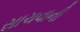
સાચવાની